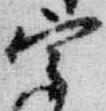
宰